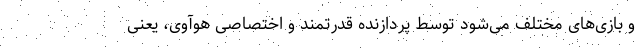
و بازی‌های مختلف می‌شود توسط پردازنده قدرتمند و اختصاصی هوآوی، یعنی